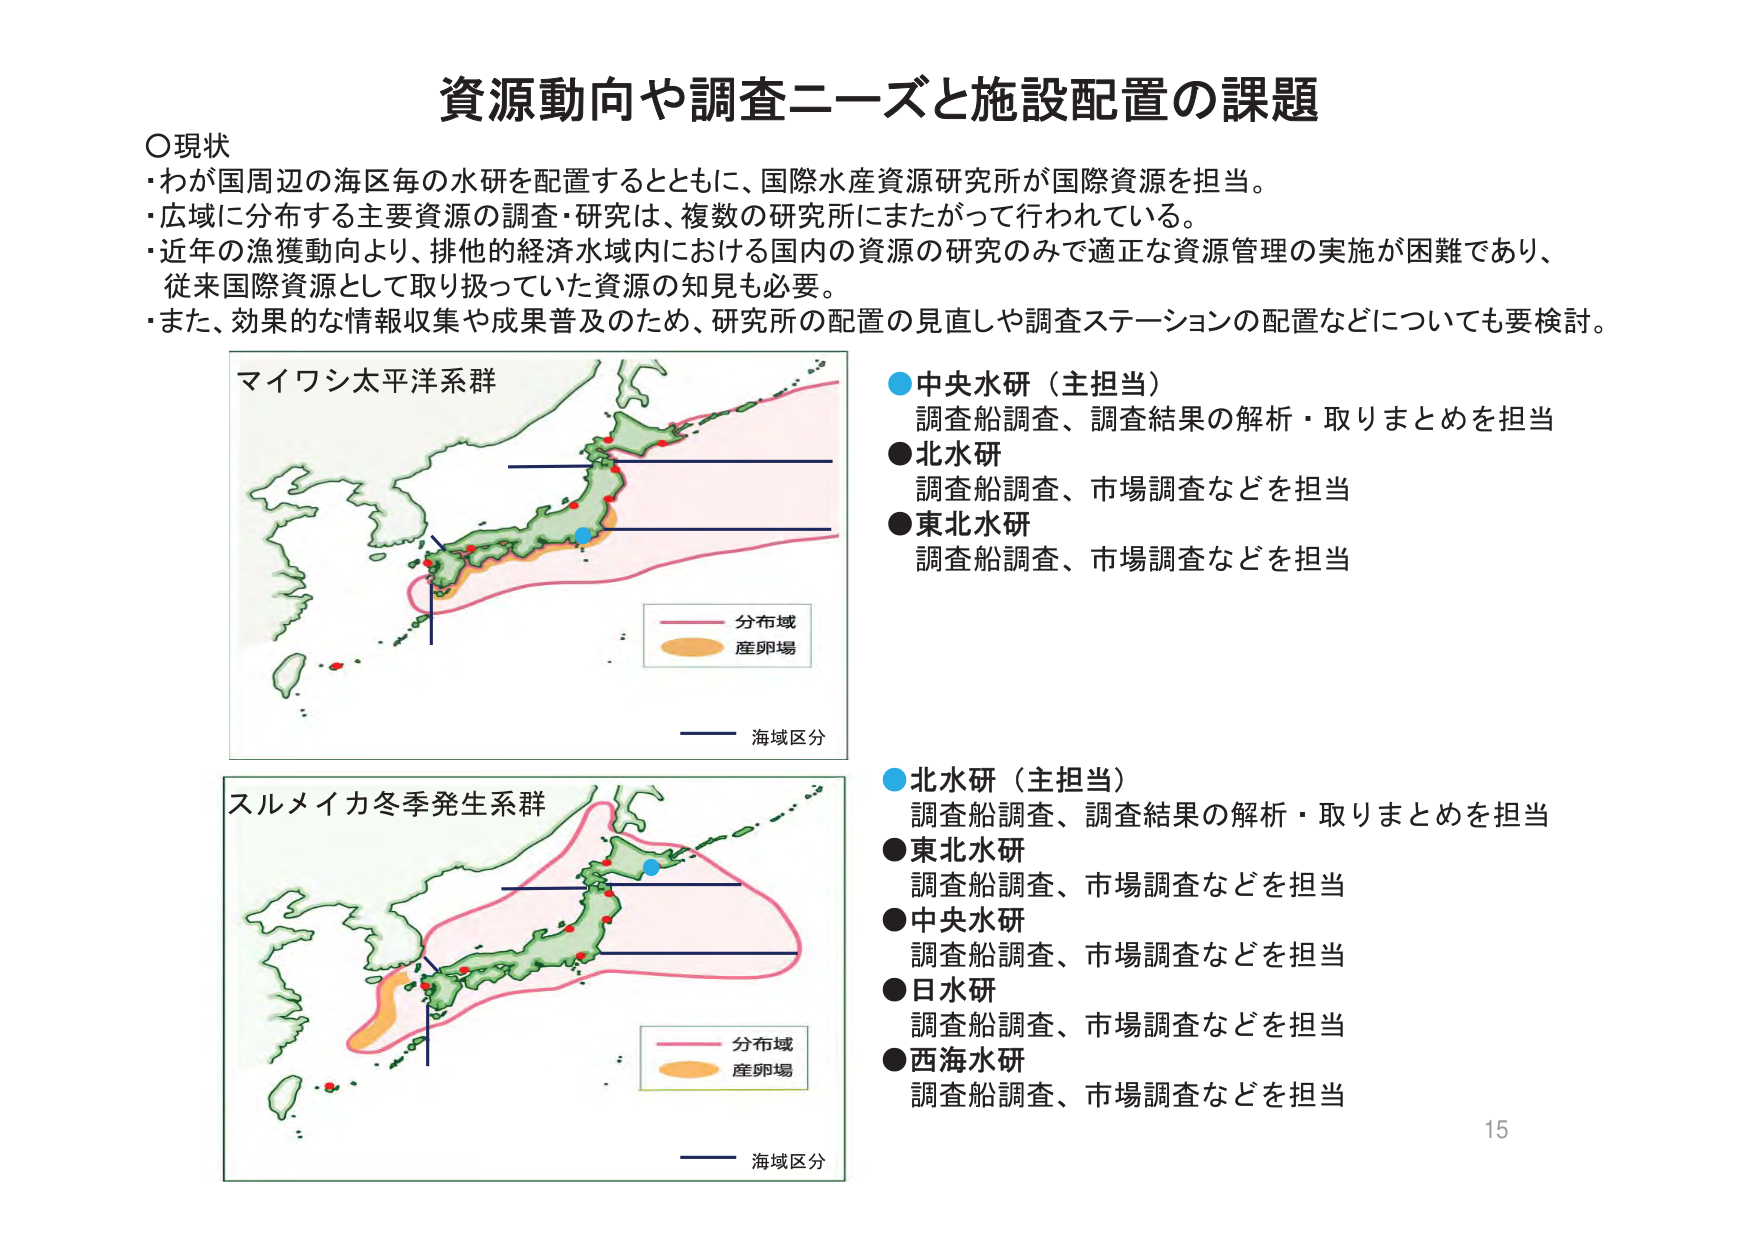
資源動向や調査ニーズと施設配置の課題

○現状
・わが国周辺の海区毎の水研を配置するとともに、国際水産資源研究所が国際資源を担当。
・広域に分布する主要資源の調査・研究は、複数の研究所にまたがって行われている。
・近年の漁獲動向より、排他的経済水域内における国内の資源の研究のみで適正な資源管理の実施が困難であり、
従来国際資源として取り扱っていた資源の知見も必要。
・また、効果的な情報収集や成果普及のため、研究所の配置の見直しや調査ステーションの配置などについても要検討。

マイワシ太平洋系群
分布域
産卵場
海域区分

●中央水研（主担当）
調査船調査、調査結果の解析・取りまとめを担当
●北水研
調査船調査、市場調査などを担当
●東北水研
調査船調査、市場調査などを担当

スルメイカ冬季発生系群
分布域
産卵場
海域区分

●北水研（主担当）
調査船調査、調査結果の解析・取りまとめを担当
●東北水研
調査船調査、市場調査などを担当
●中央水研
調査船調査、市場調査などを担当
●日水研
調査船調査、市場調査などを担当
●西海水研
調査船調査、市場調査などを担当

15